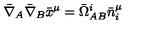
\bar { \nabla } _ { A } \bar { \nabla } _ { B } \bar { x } ^ { \mu } = \bar { \Omega } ^ { i } _ { A B } \bar { n } _ { i } ^ { \mu }